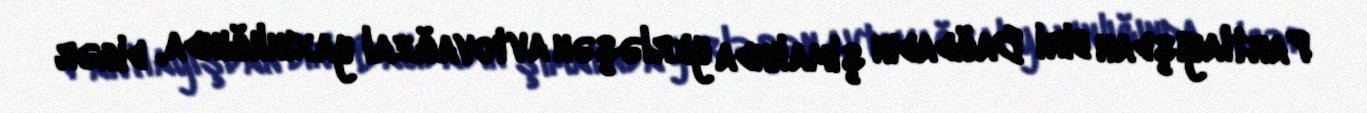
Partlayışdan biri Bağdadın şimalında yerləşən avtovağzal yaxınlığında, digər